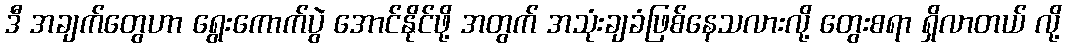
ဒီ အချက်တွေဟာ ရွေးကောက်ပွဲ အောင်နိုင်ဖို့ အတွက် အသုံးချခံဖြစ်နေသလားလို့ တွေးစရာ ရှိလာတယ် လို့